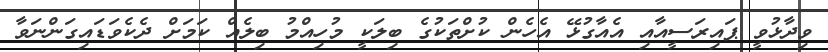
ވިދާޅުވީ ޕައިރަސީއާއި އެއާގުޅޭ އެހެން ކުށްތަކުގެ ބިލަކީ މުހިއްމު ބިލެއް ކަމަށް ދެކެވަޑައިގަންނަވާ